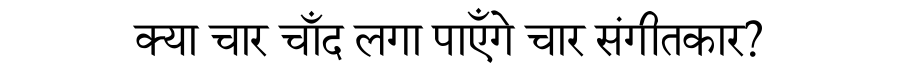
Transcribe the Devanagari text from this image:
क्या चार चाँद लगा पाएँगे चार संगीतकार?